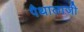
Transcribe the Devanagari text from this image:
पैथालाजी